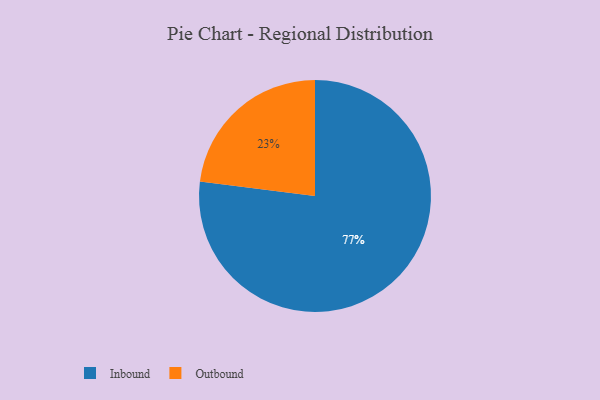
{"axis": {"x": "Category", "y": "Percentage"}, "legend": ["Inbound", "Outbound"], "data": [{"x": "Outbound", "y": 23, "type": "Outbound"}, {"x": "Inbound", "y": 77, "type": "Inbound"}]}